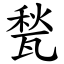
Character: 甃